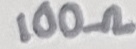
Text: 100Ω